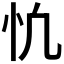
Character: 𢖾